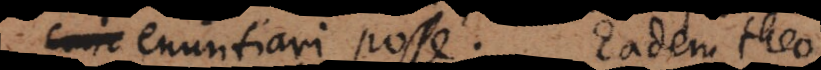
enuntiari posse. Eadem theo